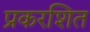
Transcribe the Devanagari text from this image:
प्रकरशित